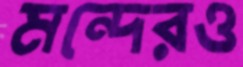
মন্দেরও